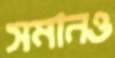
সমানও